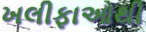
ખલીફાઓથી